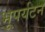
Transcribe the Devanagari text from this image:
भूपर्यटन